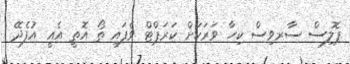
ޕޮލިސް ސާރވިސް ކިހާ ވަރަކަށް ކަރަޕްޓް ވެފައި ތޯ އޮތީ އެއީ އުފެދޭ